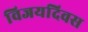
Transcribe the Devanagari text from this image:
विजयदिवस